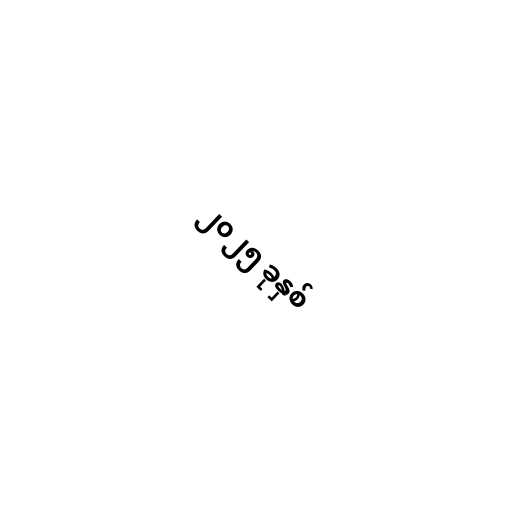
၂၀၂၅ ခုနှစ်